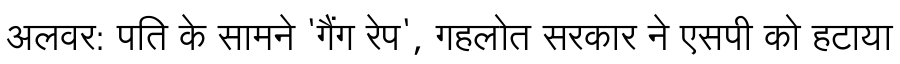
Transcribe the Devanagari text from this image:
अलवर: पति के सामने 'गैंग रेप', गहलोत सरकार ने एसपी को हटाया